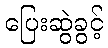
ပြေးဆွဲခွင့်